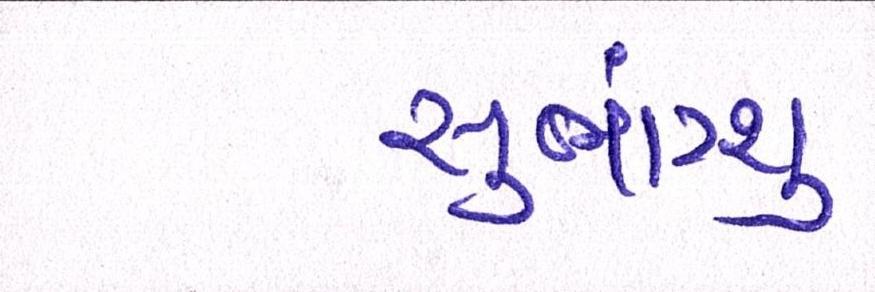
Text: સુભ્રાંગ્શુ